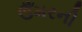
ઉઁમરની